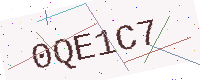
Text: 0QE1C7